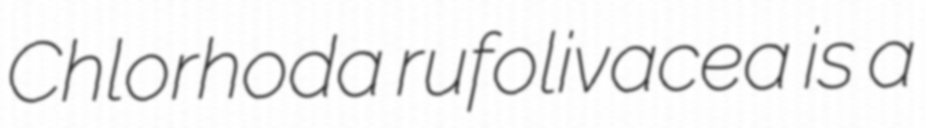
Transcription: Chlorhoda rufolivacea is a